Civil Veterinary Department. United Provinces 1912-22 - 1912-1922
Year: 1912
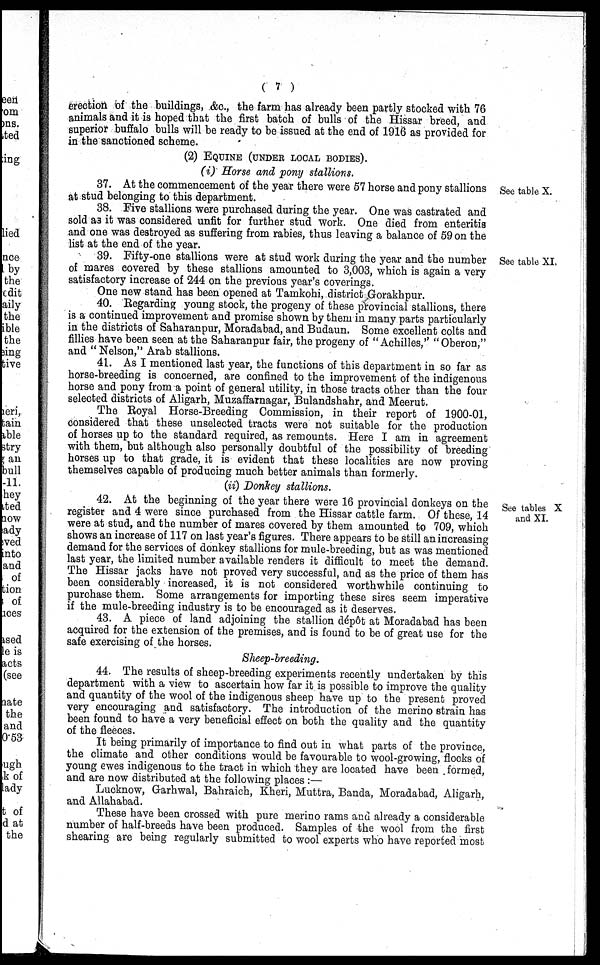
( 7 )
erection of the buildings, &c., the farm has already been partly stocked with 76
animals and it is hoped that the first batch of bulls of the Hissar breed, and
superior buffalo bulls will be ready to be issued at the end of 1916 as provided for
in the sanctioned scheme.
(2) EQUINE (UNDER LOCAL BODIES).
(i) Horse and pony stallions.
See table X.
37. At the commencement of the year there were 57 horse and pony stallions
at stud belonging to this department.
38. Five stallions were purchased during the year. One was castrated and
sold as it was considered unfit for further stud work. One died from enteritis
and one was destroyed as suffering from rabies, thus leaving a balance of 59 on the
list at the end of the year.
See table XI.
39. Fifty-one stallions were at stud work during the year and the number
of mares covered by these stallions amounted to 3,003, which is again a very
satisfactory increase of 244 on the previous year's coverings.
One new stand has been opened at Tamkohi, district Gorakhpur.
40. Regarding young stock, the progeny of these provincial stallions, there
is a continued improvement and promise shown by them in many parts particularly
in the districts of Saharanpur, Moradabad, and Budaun. Some excellent colts and
fillies have been seen at the Saharanpur fair, the progeny of "Achilles," "Oberon,"
and " Nelson, " Arab stallions.
41. As I mentioned last year, the functions of this department in so far as
horse-breeding is concerned, are confined to the improvement of the indigenous
horse and pony from a point of general utility, in those tracts other than the four
selected districts of Aligarh, Muzaffarnagar, Bulandshahr, and Meerut.
The Royal Horse-Breeding Commission, in their report of 1900-01,
considered that these unselected tracts were not suitable for the production
of horses up to the standard required, as remounts. Here I am in agreement
with them, but although also personally doubtful of the possibility of breeding
horses up to that grade, it is evident that these localities are now proving
themselves capable of producing much better animals than formerly.
(ii) Donkey stallions.
See tables X
and XI.
42. At the beginning of the year there were 16 provincial donkeys on the
register and 4 were since purchased from the Hissar cattle farm. Of these, 14
were at stud, and the number of mares covered by them amounted to 709, which
shows an increase of 117 on last year's figures. There appears to be still an increasing
demand for the services of donkey stallions for mule-breeding, but as was mentioned
last year, the limited number available renders it difficult to meet the demand.
The Hissar jacks have not proved very successful, and as the price of them has
been considerably increased, it is not considered worthwhile continuing to
purchase them. Some arrangements for importing these sires seem imperative
if the mule-breeding industry is to be encouraged as it deserves.
43. A piece of land adjoining the stallion dépôt at Moradabad has been
acquired for the extension of the premises, and is found to be of great use for the
safe exercising of the horses.
Sheep-breeding.
44. The results of sheep-breeding experiments recently undertaken by this
department with a view to ascertain how far it is possible to improve the quality
and quantity of the wool of the indigenous sheep have up to the present proved
very encouraging and satisfactory. The introduction of the merino strain has
been found to have a very beneficial effect on both the quality and the quantity
of the fleeces.
It being primarily of importance to find out in what parts of the province,
the climate and other conditions would be favourable to wool-growing, flocks of
young ewes indigenous to the tract in which they are located have been formed,
and are now distributed at the following places :—
Lucknow, Garhwal, Bahraich, Kheri, Muttra, Banda, Moradabad, Aligarh,
and Allahabad.
These have been crossed with pure merino rams and already a considerable
number of half-breeds have been produced. Samples of the wool from the first
shearing are being regularly submitted to wool experts who have reported most